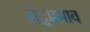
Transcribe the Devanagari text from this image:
सद्प्रभाव